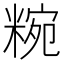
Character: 𥺹